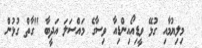
މިލިޔުމާއި ގުޅޭ ވީޑިއޯއިންޑިއާ ވިސާގެ މައްސަލަ އަދީބާ "ގާތް ގުޅުން